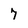
Character: 7